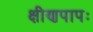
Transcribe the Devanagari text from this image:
क्षीणपापः